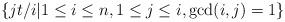
LaTeX: \begin{align*}\left\{jt/i|1\le i\le n,1\le j\le i,\gcd(i,j)=1\right\} \end{align*}